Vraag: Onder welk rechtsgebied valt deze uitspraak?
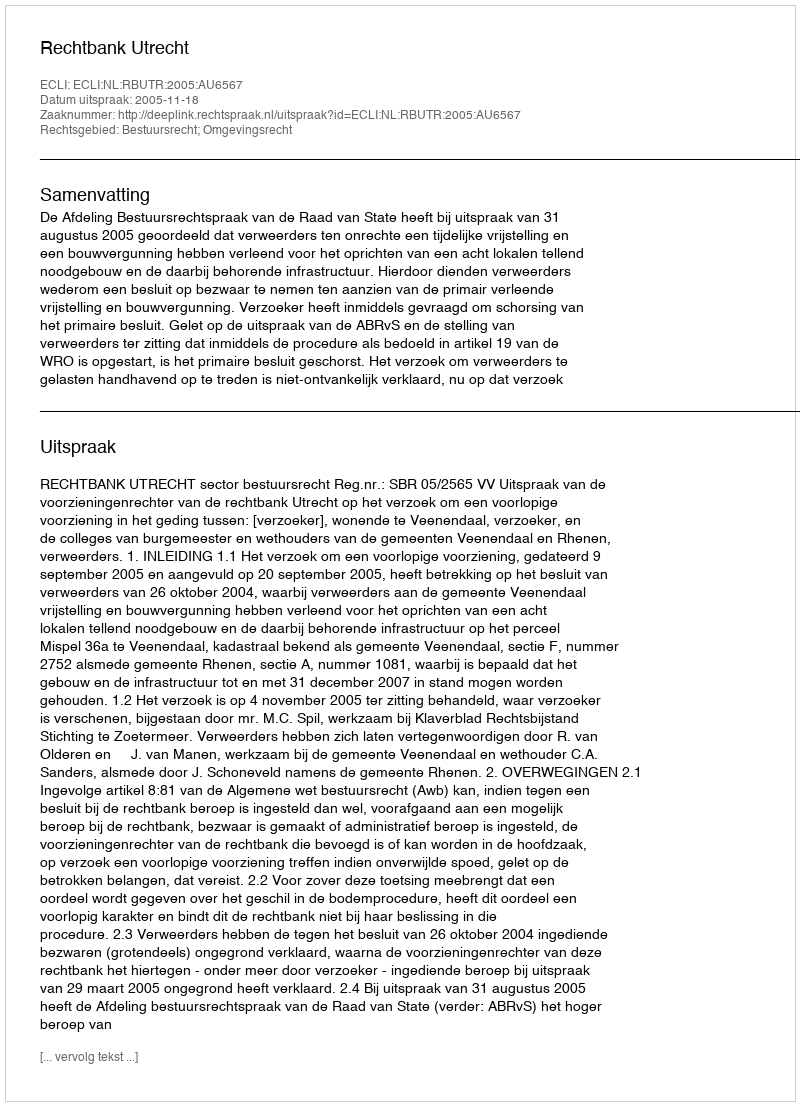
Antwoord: Bestuursrecht; Omgevingsrecht